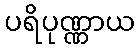
ပရိပုဏ္ဏာယ